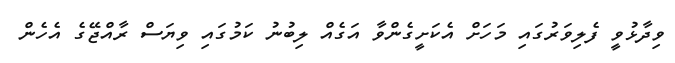
ވިދާޅުވީ ފެލިވަރުގައި މަހަށް އެކަށީގެންވާ އަގެއް ލިބުނު ކަމުގައި ވިޔަސް ރާއްޖޭގެ އެހެން